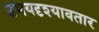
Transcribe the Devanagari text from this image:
उभयदृश्यावतार